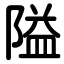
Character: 隘